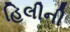
હિલીની